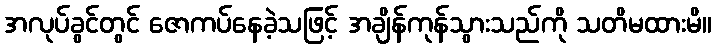
အလုပ်ခွင်တွင် ဇောကပ်နေခဲ့သဖြင့် အချိန်ကုန်သွားသည်ကို သတိမထားမိ။